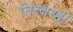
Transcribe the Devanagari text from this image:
निरक्षरही